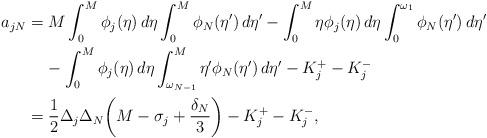
LaTeX: \begin{align*} a_{jN} &= M\int_0^M\phi_j(\eta)\,d\eta\int_0^M\phi_N(\eta')\,d\eta'- \int_0^M\eta\phi_j(\eta)\,d\eta\int_0^{\omega_1}\phi_N(\eta')\,d\eta' \\&\phantom{xx}{}- \int_0^M\phi_j(\eta)\,d\eta\int_{\omega_{N-1}}^M\eta'\phi_N(\eta')\,d\eta'- K_j^+ - K_j^- \\&= \frac12\Delta_j\Delta_N\bigg(M-\sigma_j+\frac{\delta_N}{3}\bigg)- K_j^+ - K_j^-,\end{align*}